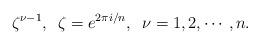
LaTeX: \begin{align*} \zeta^{\nu-1}, \,\,\, \zeta = e^{2\pi i/n}, \,\,\, \nu = 1,2, \cdots, n. \end{align*}